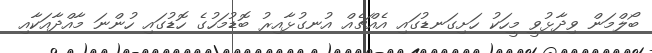
ބޯލްމަން ވިދާޅުވީ މީހަކު ހަށިގަނޑުގައި އެއްޗެއް އުނގުޅާއިރު ބޮޑުމަހުގެ ހޮޑުގައި ހުންނަ މާއްދާއަކާއި